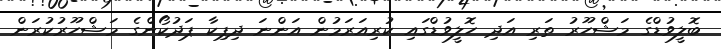
ބޮލީވުޑްގެ މަޝްހޫރު ތަރި އަދި ހޮލީވުޑްގައި ކުރިއަރަމުން އަންނަ ދިޕިކާ ޕަދުކޯންގެ މަޝްހޫރުކުރަން